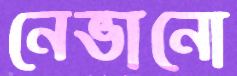
নেভানো